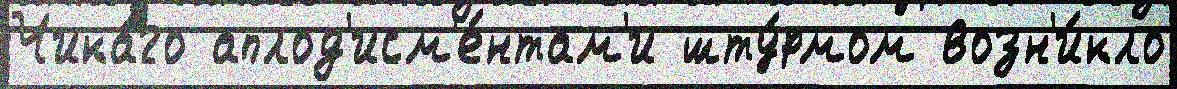
Чика́го аплод'исм'е́нтам'и шту́рмом возн'и́кло